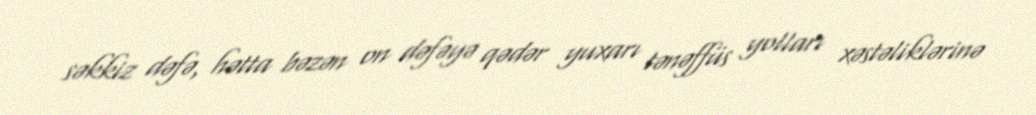
səkkiz dəfə, hətta bəzən on dəfəyə qədər yuxarı tənəffüs yolları xəstəliklərinə